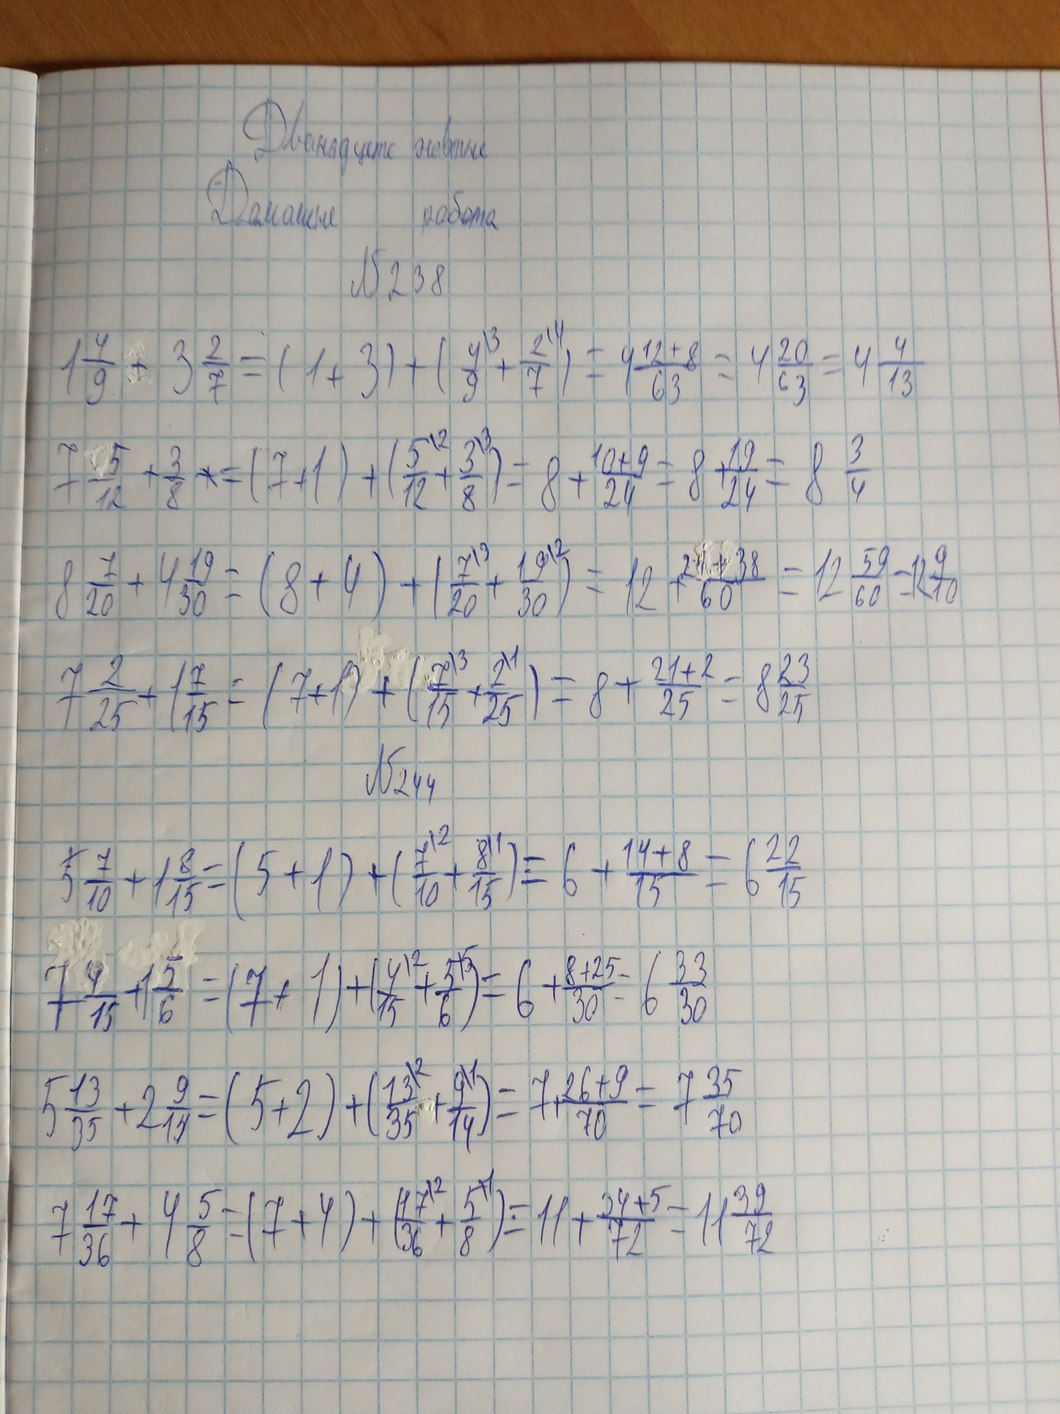
Дванадцяте жовтня
Домашня робота
N 238
1 \frac{4}{9} + 3 \frac{2}{7} = (1 + 3) + (\frac{4^{|3}}{9} + \frac{2^{|9}}{7}) = 4 \frac{12 + 8}{63} = 4 \frac{20}{63} = 4 \frac{4}{13}
7 \frac{5}{12} + \frac{3}{8} * = (7 + 1) + (\frac{5^{\setminus 2}}{12} + \frac{3^{\setminus 3}}{8}) = 8 + \frac{10 + 9}{24} = 8 + \frac{19}{24} = 8 \frac{3}{4}
8 \frac{7}{20} + 4 \frac{19}{30} = (8 + 4) + (\frac{7^{\setminus 3}}{20} + \frac{19^{\setminus 2}}{30}) = 12 + \frac{21 + 38}{60} = 12 \frac{59}{60} = 12 \frac{9}{10}
7 \frac{2}{25} + 1 \frac{7}{15} = (7 + 1) + (\frac{7^{|3}}{15} + \frac{2^{|1}}{25}) = 8 + \frac{21 + 2}{25} = 8 \frac{23}{25}
N244
5 \frac{7}{10} + 1 \frac{8}{15} = (5 + 1) + (\frac{7^{|2}}{10} + \frac{8^{|1}}{15}) = 6 + \frac{14 + 8}{15} = 6 \frac{22}{15}
7 \frac{4}{15} + 1 \frac{5}{6} = (7 + 1) + (\frac{4^{|2}}{15} + \frac{5^{|5}}{6}) = 8 + \frac{8 + 25}{30} = 8 \frac{33}{30}
5 \frac{13}{35} + 2 \frac{9}{14} = (5 + 2) + (\frac{13^2}{35} + \frac{9^5}{14}) = 7 + \frac{26 + 45}{70} = 7 \frac{71}{70}
7 \frac{17}{36} + 4 \frac{5}{8} = (7 + 4) + (\frac{17^{2}}{36} + \frac{5^{9}}{8}) = 11 + \frac{34 + 45}{72} = 11 \frac{79}{72}